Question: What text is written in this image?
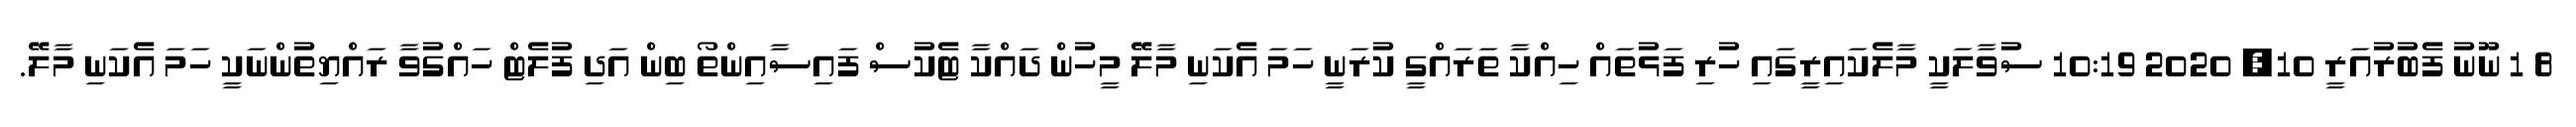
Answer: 8 1 ނޫނު ފެބުރުއަރީ 10, 2020 10:19 ސުވާލަކީ މާލެކައިރީގައި ހުރި ފަޅުތައް ހިއްކާ ތަރައްގީ ކުރަނީ ހަމަ އެކަނި މާލޭ މީހުން ދައްކާ ޓެކުސް ފައިސާއިންތޯ ބިން އަދި ފުލެޓް ހައްގުވާ ރައްޔިތުންނަކީ ހަމަ އެކަނި މާލޭ.